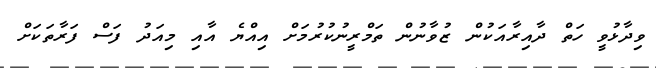
ވިދާޅުވީ ހަތް ދާއިރާއަކުން ޒުވާނުން ތަމްރީނުކުރުމަށް އިއްޔެ އާއި މިއަދު ފަސް ފަރާތަކަށް